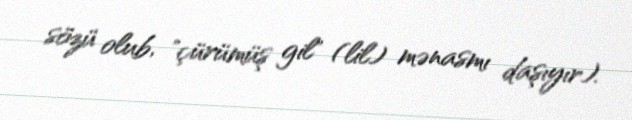
sözü olub, "çürümüş gil" (lil) mənasmı daşıyır).